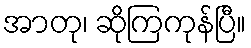
အာတု၊ ဆိုကြကုန်ပြီ။